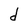
Character: d